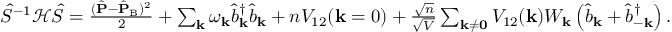
\begin{array} { r } { \hat { S } ^ { - 1 } \mathcal { H } \hat { S } = \frac { ( \hat { \mathbf { P } } - \hat { \mathbf { P } } _ { \mathrm { B } } ) ^ { 2 } } { 2 } + \sum _ { \mathbf { k } } \omega _ { \mathbf { k } } \hat { b } _ { \mathbf { k } } ^ { \dagger } \hat { b } _ { \mathbf { k } } + n V _ { \mathrm { 1 2 } } ( \mathbf { k } = 0 ) + \frac { \sqrt { n } } { \sqrt { V } } \sum _ { \mathbf { k \neq 0 } } V _ { \mathrm { 1 2 } } ( \mathbf { k } ) W _ { \mathbf { k } } \left( \hat { b } _ { \mathbf { k } } + \hat { b } _ { - \mathbf { k } } ^ { \dagger } \right) . } \end{array}